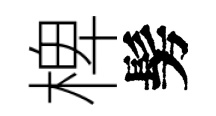
椑髣